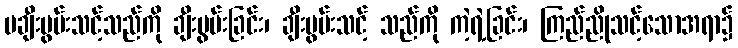
မချီးမွမ်းသင့်သည်ကို ချီးမွမ်းခြင်း၊ ချီးမွမ်းသင့် သည်ကို ကဲ့ရဲ့ခြင်း၊ ကြည်ညိုသင့်သောအရာ၌